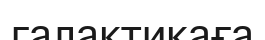
галактикаға